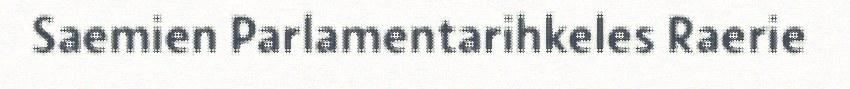
Saemien Parlamentarihkeles Raerie